Lunatic asylums in Bengal annual reports 1899-1911 - 1899-1911
Year: 1899
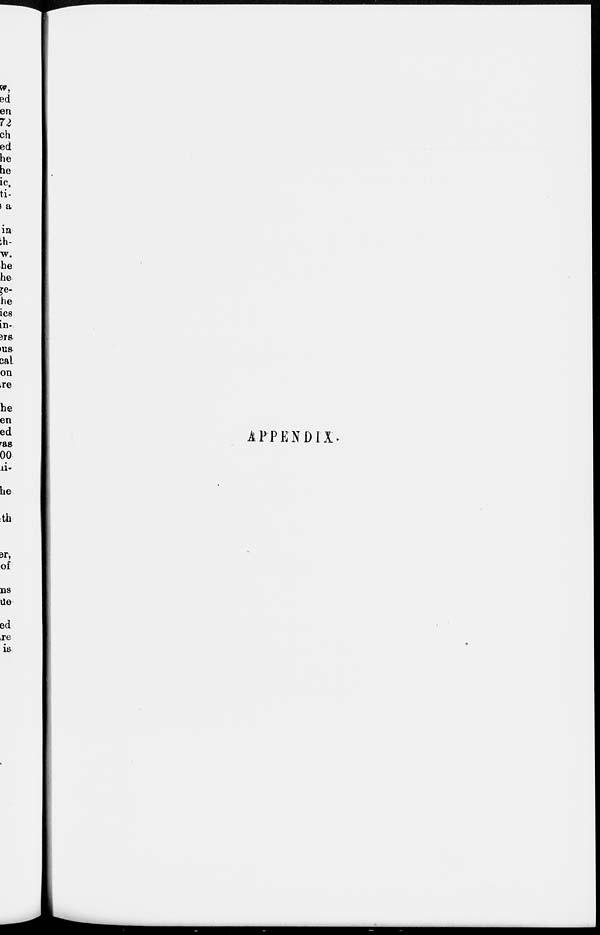
APPENDIX.